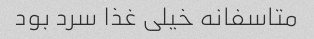
متاسفانه خیلی غذا سرد بود